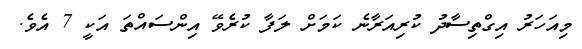
މިއަހަރު އިގްތިސާދު ކުރިއަރާނެ ކަމަށް ލަފާ ކުރެވޭ އިންސައްތަ އަކީ 7 އެވެ.